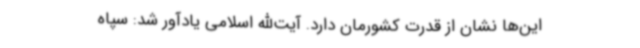
این‌ها نشان از قدرت کشورمان دارد. آیت‌الله اسلامی یادآور شد: سپاه